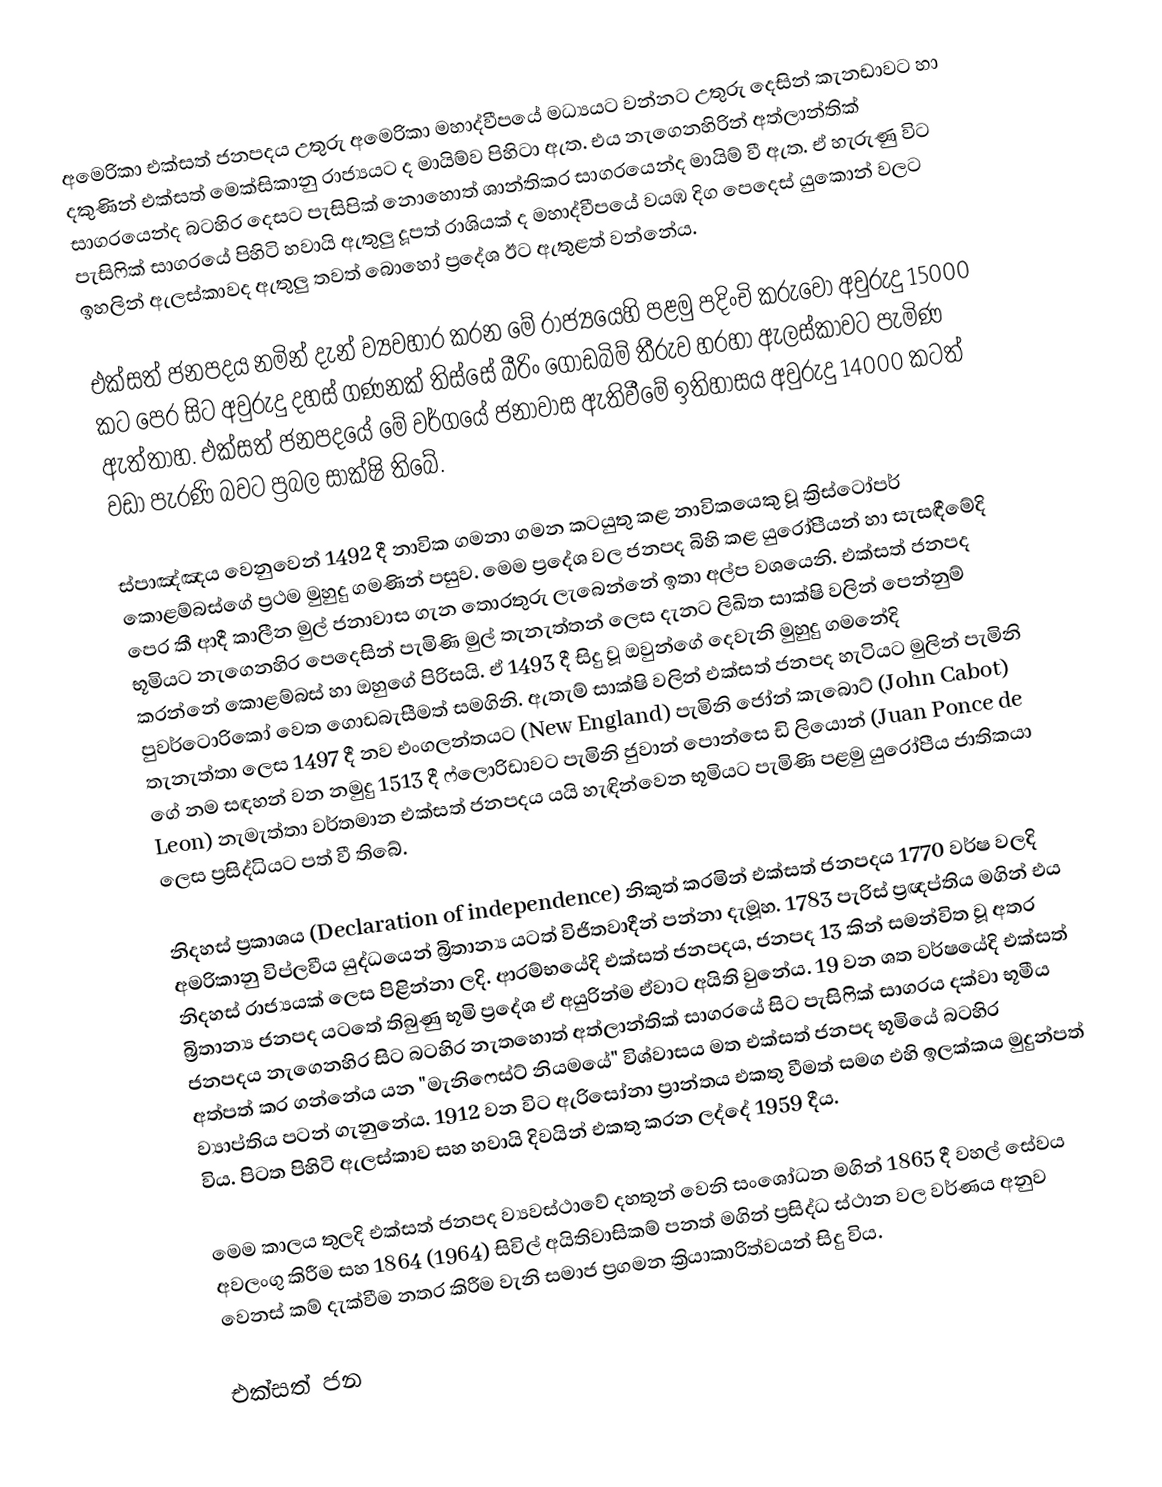
අමෙරිකා එක්සත් ජනපදය උතුරු අමෙරිකා මහාද්වීපයේ මධ්‍යයට වන්නට උතුරු දෙසින් කැනඩාවට හා දකුණින් එක්සත් මෙක්සිකානු රාජ්‍යයට ද මායිම්ව පිහිටා ඇත. එය නැගෙනහිරින් අත්ලාන්තික් සාගරයෙන්ද බටහිර දෙසට පැසිපික් නොහොත් ශාන්තිකර සාගරයෙන්ද මායිම් වී ඇත. ඒ හැරුණු විට පැසිෆික් සාගරයේ පිහිටි හවායි ඇතුලු දූපත් රාශියක් ද මහාද්වීපයේ වයඹ දිග පෙදෙස් යුකොන් වලට ඉහලින් ඇලස්කාවද ඇතුලු තවත් බොහෝ ප්‍රදේශ ඊට ඇතුළත් වන්නේය.

එක්සත් ජනපදය නමින් දැන් ව්‍යවහාර කරන මේ රාජ්‍යයෙහි පළමු පදිංචි කරුවෝ අවුරුදු 15000 කට පෙර සිට අවුරුදු දහස් ගණනක් තිස්සේ බීරිං ගොඩබිම් තීරුව හරහා ඇලස්කාවට පැමිණ ඇත්තාහ. එක්සත් ජනපදයේ මේ වර්ගයේ ජනාවාස ඇතිවීමේ ඉතිහාසය අවුරුදු 14000 කටත් වඩා පැරණි බවට ප්‍රබල සාක්ෂි තිබේ.

ස්පාඤ්ඤය වෙනුවෙන් 1492 දී නාවික ගමනා ගමන කටයුතු කළ නාවිකයෙකු වූ ක්‍රිස්ටෝපර් කොළම්බස්ගේ ප්‍රථම මුහුදු ගමණින් පසුව. මෙම ප්‍රදේශ වල ජනපද බිහි කළ යුරෝපීයන් හා සැසඳීමේදි පෙර කී ආදී කාලීන මුල් ජනාවාස ගැන තොරතුරු ලැබෙන්නේ ඉතා අල්ප වශයෙනි. එක්සත් ජනපද භූමියට නැගෙනහිර පෙදෙසින් පැමිණි මුල් තැනැත්තන් ලෙස දැනට ලිඛිත සාක්ෂි වලින් පෙන්නුම් කරන්නේ කොළම්බස් හා ඔහුගේ පිරිසයි. ඒ 1493 දී සිදු වූ ඔවුන්ගේ දෙවැනි මුහුදු ගමනේදි පුවර්ටොරිකෝ වෙත ගොඩබැසීමත් සමගිනි. ඇතැම් සාක්ෂි වලින් එක්සත් ජනපද හැටියට මුලින් පැමිනි තැනැත්තා ලෙස 1497 දී නව එංගලන්තයට (New England) පැමිනි ජෝන් කැබොට් (John Cabot) ගේ නම සඳහන් වන නමුදු 1513 දී ෆ්ලොරිඩාවට පැමිනි ජුවාන් පොන්සෙ ඩි ලියොන් (Juan Ponce de Leon) නැමැත්තා වර්තමාන එක්සත් ජනපදය යයි හැඳින්වෙන භූමියට පැමිණි පළමු යුරෝපීය ජාතිකයා ලෙස ප්‍රසිද්ධියට පත් වී තිබේ.

නිදහස් ප්‍රකාශය (Declaration of independence) නිකුත් කරමින් එක්සත් ජනපදය 1770 වර්ෂ වලදි අමරිකානු විප්ලවීය යුද්ධයෙන් බ්‍රිතාන්‍ය යටත් විජිතවාදීන් පන්නා දැමූහ. 1783 පැරිස් ප්‍රඥප්තිය මගින් එය නිදහස් රාජ්‍යයක් ලෙස පිළින්නා ලදි. ආරම්භයේදි එක්සත් ජනපදය, ජනපද 13 කින් සමන්විත වූ අතර බ්‍රිතාන්‍ය ජනපද යටතේ තිබුණු භූමි ප්‍රදේශ ඒ අයුරින්ම ඒවාට අයිති වුනේය. 19 වන ශත වර්ෂයේදි එක්සත් ජනපදය නැගෙනහිර සිට බටහිර නැතහොත් අත්ලාන්තික් සාගරයේ සිට පැසිෆික් සාගරය දක්වා භූමීය අත්පත් කර ගන්නේය යන "මැනිෆෙස්ට් නියමයේ" විශ්වාසය මත එක්සත් ජනපද භූමියේ බටහිර ව්‍යාප්තිය පටන් ගැනුනේය. 1912 වන විට ඇරිසෝනා ප්‍රාන්තය එකතු වීමත් සමග එහි ඉලක්කය මුදුන්පත් විය. පිටත පිහිටි ඇලස්කාව සහ හවායි දිවයින් එකතු කරන ලද්දේ 1959 දීය.

මෙම කාලය තුලදි එක්සත් ජනපද ව්‍යවස්ථාවේ දහතුන් වෙනි සංශෝධන මගින් 1865 දී වහල් සේවය අවලංගු කිරීම සහ 1864 (1964) සිවිල් අයිතිවාසිකම් පනත් මගින් ප්‍රසිද්ධ ස්ථාන වල වර්ණය අනුව වෙනස් කම් දැක්වීම නතර කිරීම වැනි සමාජ ප්‍රගමන ක්‍රියාකාරිත්වයන් සිදු විය.

එක්සත් ජන